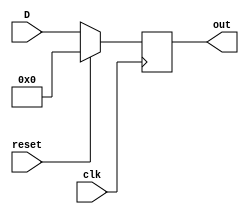
`timescale 1ns / 1ps
module D_FF(D, clk, reset,out);
input [3:0] D;
input clk, reset;
output reg [3:0] out;

always@(posedge clk)
begin 
if(reset)
out<=4'b0000;
else
out<=D;
end 
endmodule